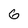
Character: 6